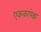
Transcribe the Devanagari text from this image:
एककापेक्षा